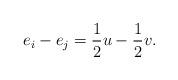
LaTeX: \begin{align*}e_i-e_j=\frac{1}{2}u-\frac{1}{2}v.\end{align*}